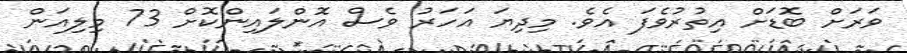
ވަރަށް ބޮޑަށް އިތުރުވެފަ އެވެ. މިދިޔަ އަހަރު ވެސް އޮންލައިންކޮށް 73 މިލިއަން